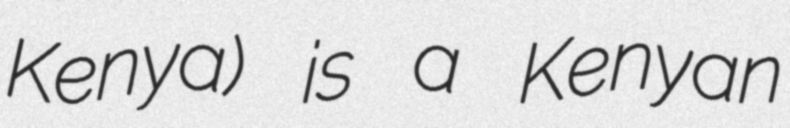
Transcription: Kenya) is a Kenyan